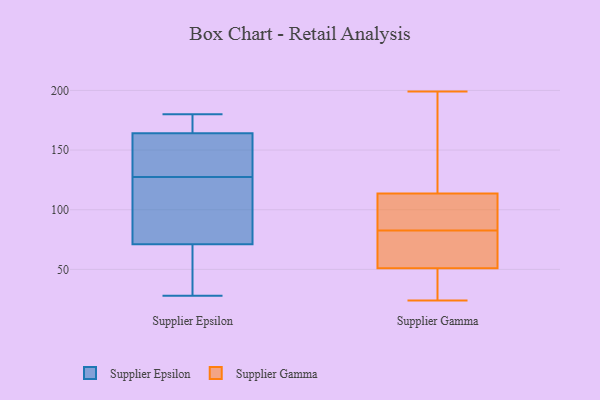
{"axis": {"x": "Production Output", "y": "Value"}, "legend": ["Supplier Epsilon", "Supplier Gamma"], "data": [{"x": "", "y": 140, "type": "Supplier Epsilon"}, {"x": "", "y": 172, "type": "Supplier Epsilon"}, {"x": "", "y": 127, "type": "Supplier Epsilon"}, {"x": "", "y": 40, "type": "Supplier Epsilon"}, {"x": "", "y": 122, "type": "Supplier Epsilon"}, {"x": "", "y": 180, "type": "Supplier Epsilon"}, {"x": "", "y": 71, "type": "Supplier Epsilon"}, {"x": "", "y": 128, "type": "Supplier Epsilon"}, {"x": "", "y": 28, "type": "Supplier Epsilon"}, {"x": "", "y": 164, "type": "Supplier Epsilon"}, {"x": "", "y": 97, "type": "Supplier Gamma"}, {"x": "", "y": 24, "type": "Supplier Gamma"}, {"x": "", "y": 48, "type": "Supplier Gamma"}, {"x": "", "y": 88, "type": "Supplier Gamma"}, {"x": "", "y": 113, "type": "Supplier Gamma"}, {"x": "", "y": 92, "type": "Supplier Gamma"}, {"x": "", "y": 77, "type": "Supplier Gamma"}, {"x": "", "y": 29, "type": "Supplier Gamma"}, {"x": "", "y": 65, "type": "Supplier Gamma"}, {"x": "", "y": 199, "type": "Supplier Gamma"}, {"x": "", "y": 49, "type": "Supplier Gamma"}, {"x": "", "y": 135, "type": "Supplier Gamma"}, {"x": "", "y": 53, "type": "Supplier Gamma"}, {"x": "", "y": 61, "type": "Supplier Gamma"}, {"x": "", "y": 114, "type": "Supplier Gamma"}, {"x": "", "y": 143, "type": "Supplier Gamma"}]}